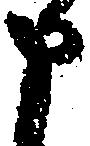
申